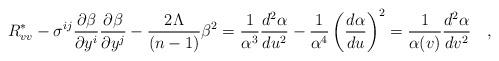
LaTeX: \begin{align*}R_{vv}^\ast -{\sigma}^{ij}\frac {\partial \beta}{\partial y^i}\frac{\partial\beta}{\partial y^j} - \frac{2\Lambda}{(n-1)}\beta^2 = \frac{1}{\alpha^3}\frac{d^2\alpha}{du^2}-\frac{1}{\alpha^4}\left ( \frac{d\alpha}{du}\right )^2=\frac{1}{\alpha(v)}\frac{d^2\alpha}{dv^2}\quad ,\end{align*}